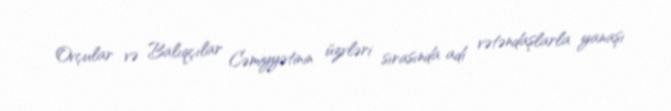
Ovçular və Balıqçılar Cəmiyyətinin üzvləri sırasında adi vətəndaşlarla yanaşı